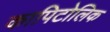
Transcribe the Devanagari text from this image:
कापिटोलिक